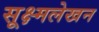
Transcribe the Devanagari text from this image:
सूक्ष्मलेखन